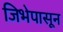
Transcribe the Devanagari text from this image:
जिभेपासून